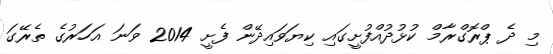
މި ދެ ޕްރޮގްރާމް ކުޅުދުއްފުށީގައި ކިޔަވައިދޭން ފެށީ 2014 ވަނަ އަހަރުގެ ތެރޭގަ